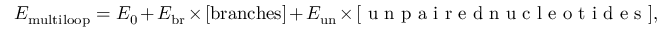
E _ { \mathrm { m u l t i l o o p } } = E _ { 0 } + E _ { \mathrm { b r } } \times [ \mathrm { b r a n c h e s } ] + E _ { \mathrm { u n } } \times [ \textrm { u n p a i r e d n u c l e o t i d e s } ] ,